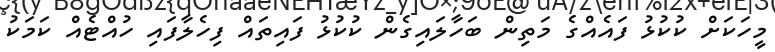
މީހަކަށް ކުކުޅު ފައެއްގެ މަތިން ބަހާލައިގެން ކުކުޅު ފައިތައް ފިހެލާފައި ހުއްޓެއް ކަމަކު